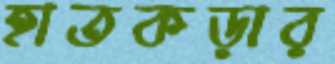
হাতকড়ার